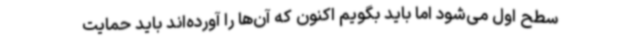
سطح اول می‌شود اما باید بگویم اکنون که آن‌ها را آورده‌اند باید حمایت